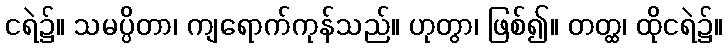
ငရဲ၌။ သမပ္ပိတာ၊ ကျရောက်ကုန်သည်။ ဟုတွာ၊ ဖြစ်၍။ တတ္ထ၊ ထိုငရဲ၌။